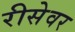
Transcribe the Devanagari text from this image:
रीसेवर